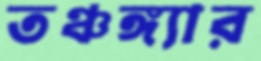
তঞ্চঙ্গ্যার